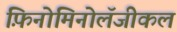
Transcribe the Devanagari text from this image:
फ़िनोमिनोलॅजीकल